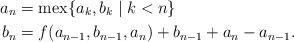
LaTeX: \begin{align*}a_n &= \operatorname{mex}\{ a_k, b_k \;|\; k < n\}\\b_n &= f(a_{n-1}, b_{n-1}, a_n) + b_{n-1} + a_n - a_{n-1}. \end{align*}